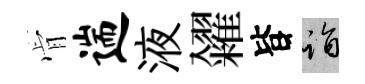
肻遄液糴𣅜诣